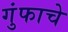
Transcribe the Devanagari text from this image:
गुंफाचे